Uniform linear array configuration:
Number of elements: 48
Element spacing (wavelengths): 0.5
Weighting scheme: hann
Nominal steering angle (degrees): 15
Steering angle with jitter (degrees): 14.99
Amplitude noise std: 0.05
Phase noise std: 0.05

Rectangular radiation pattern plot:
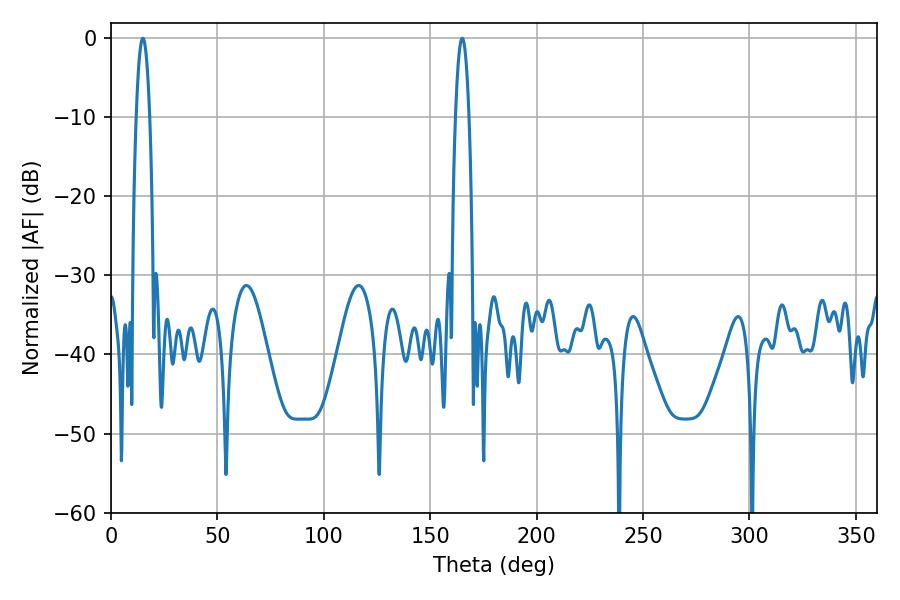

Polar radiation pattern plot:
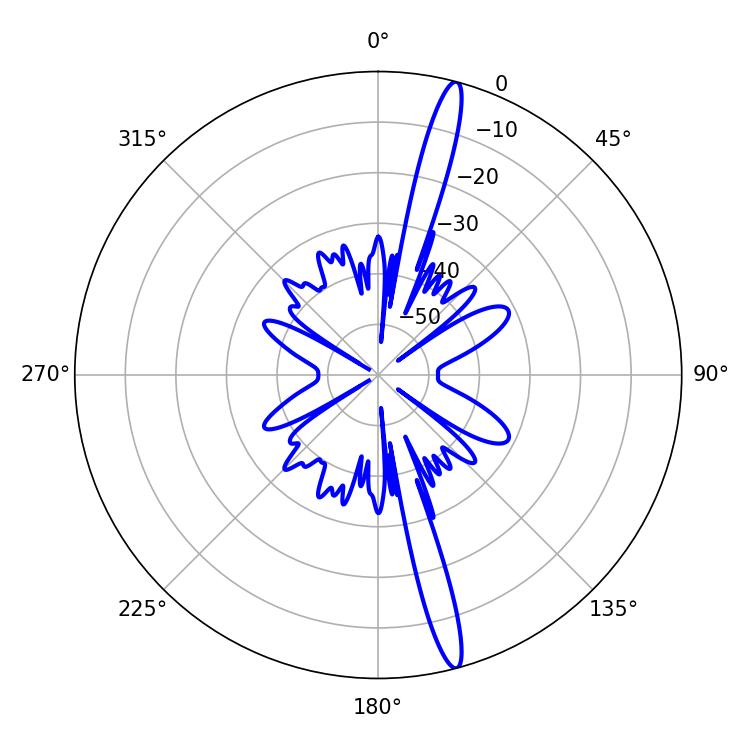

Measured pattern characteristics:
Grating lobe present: FALSE
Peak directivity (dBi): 17.635
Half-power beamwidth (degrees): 3.42
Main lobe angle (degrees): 14.94